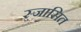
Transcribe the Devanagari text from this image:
स्जासित